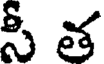
సీ త